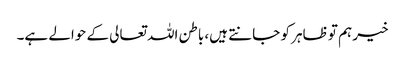
خیر ہم تو ظاہر کو جانتے ہیں، باطن اللہ تعالی کے حوالے ہے۔